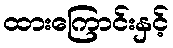
ထားကြောင်းနှင့်